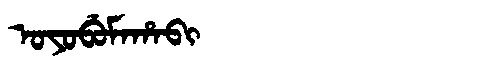
Manchu: ᠣᠶᠣᠪᡠᠮᠠᡥᠠᠪᡳ
Romanization: OYOBUMAHABI